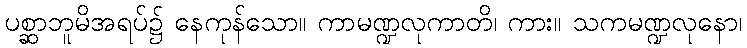
ပစ္ဆာဘူမိအရပ်၌ နေကုန်သော။ ကာမဏ္ဍလုကာတိ၊ ကား။ သကမဏ္ဍလုနော၊